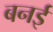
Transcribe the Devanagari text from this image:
बनई